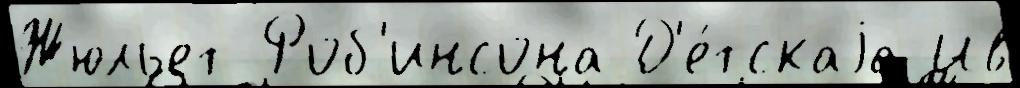
Жюльет Роб'инсона Д'е́тскаjа Ив